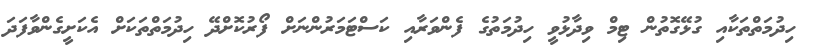
ހިދުމަތްތަކާއި ގުޅޭގޮތުން ޓިމް ވިދާޅުވީ ހިދުމަތުގެ ފެންވަރާއި ކަސްޓަމަރުންނަށް ފޯރުކޮށްދޭ ހިދުމަތްތަކަށް އެކަށީގެންވާފަދަ